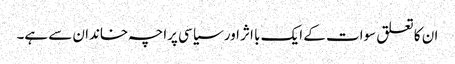
ان کا تعلق سوات کے ایک با اثر اور سیاسی پراچہ خاندان سے ہے۔